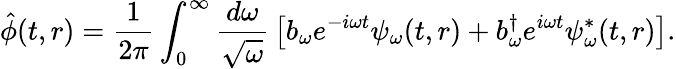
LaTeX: \hat{\phi}(t,r)=\frac{1}{2\pi}\int_{0}^{\infty}\frac{d\omega}{\sqrt{\omega}}\, \left[b_{\omega}e^{-i\omega t}\psi_{\omega}(t,r)+b_{\omega}^{\dagger}e^{i\omega t}\psi_{\omega}^{\ast}(t,r)\right].